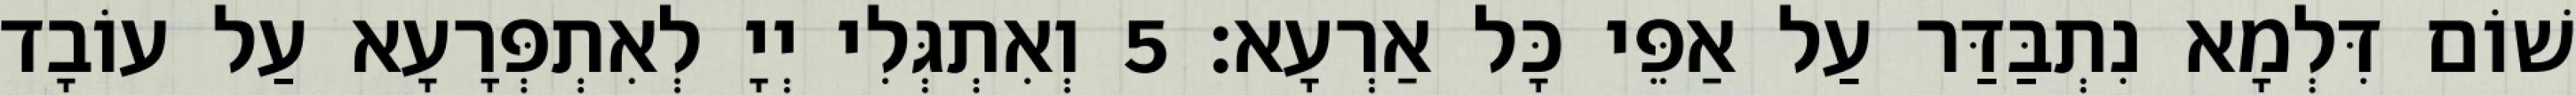
שׁוֹם דִּלְמָא נִתְבַּדַּר עַל אַפֵּי כָּל אַרְעָא׃ 5 וְאִתְגְּלִי יְיָ לְאִתְפְּרָעָא עַל עוֹבָד